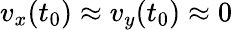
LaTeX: v_{x}(t_{0})\approx v_{y}(t_{0})\approx 0